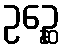
ဥဉ္ဆေ